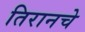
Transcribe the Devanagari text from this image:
तिरानचे